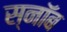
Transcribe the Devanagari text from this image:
स्नॉब